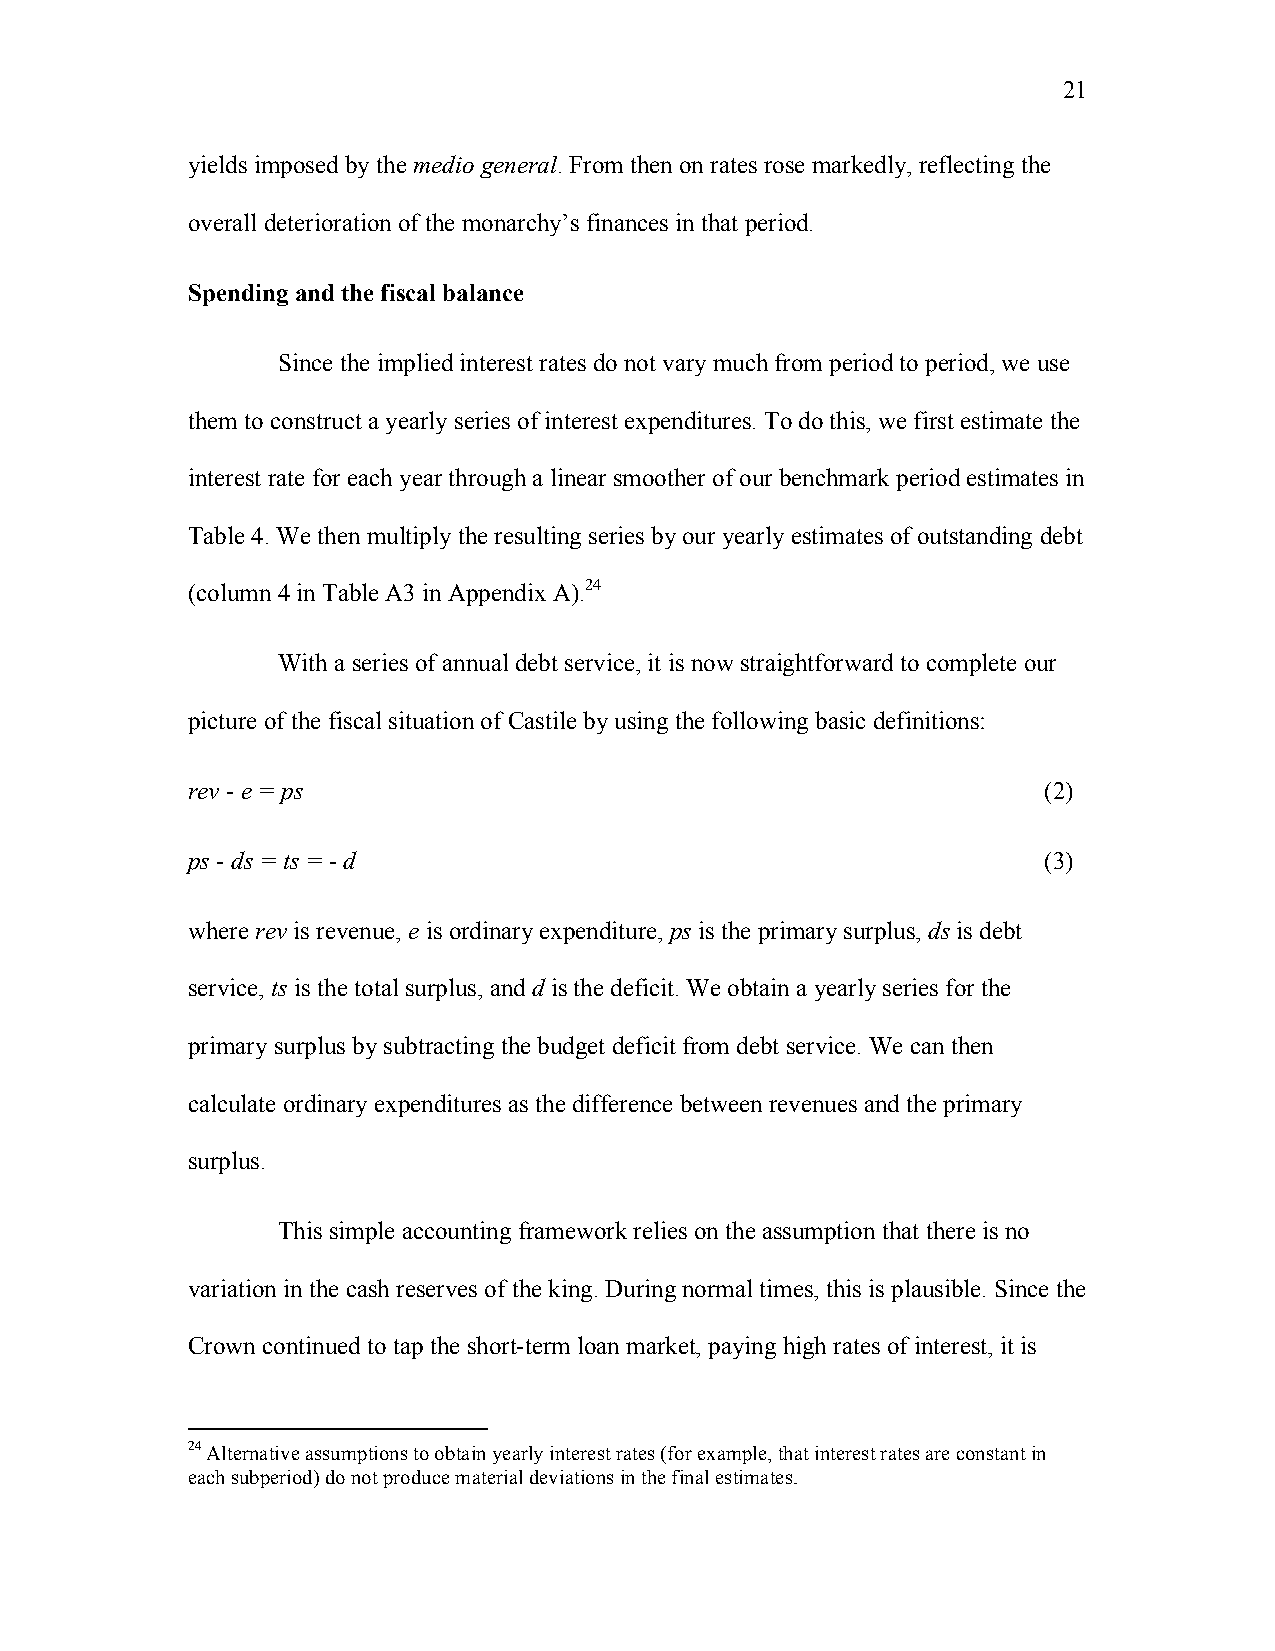
21
 yields imposed by the medio general. From then on rates rose markedly, reflecting the
 overall deterioration of the monarchy’s finances in that period.
 Spending and the fiscal balance
 Since the implied interest rates do not vary much from period to period, we use
 them to construct a yearly series of interest expenditures. To do this, we first estimate the
 interest rate for each year through a linear smoother of our benchmark period estimates in
 Table 4. We then multiply the resulting series by our yearly estimates of outstanding debt
 (column 4 in Table A3 in Appendix A).24
 With a series of annual debt service, it is now straightforward to complete our
 picture of the fiscal situation of Castile by using the following basic definitions:
 rev - e = ps                                             (2)
 ps - ds = ts = - d                                       (3)
 where rev is revenue, e is ordinary expenditure, ps is the primary surplus, ds is debt
 service, ts is the total surplus, and d is the deficit. We obtain a yearly series for the
 primary surplus by subtracting the budget deficit from debt service. We can then
 calculate ordinary expenditures as the difference between revenues and the primary
 surplus.
 This simple accounting framework relies on the assumption that there is no
 variation in the cash reserves of the king. During normal times, this is plausible. Since the
 Crown continued to tap the short-term loan market, paying high rates of interest, it is
 24 Alternative assumptions to obtain yearly interest rates (for example, that interest rates are constant in
 each subperiod) do not produce material deviations in the final estimates.